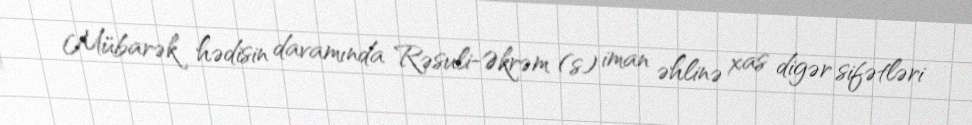
Mübarək hədisin davamında Rəsuli-Əkrəm (s) iman əhlinə xas digər sifətləri